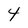
Character: 4